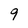
Character: 9